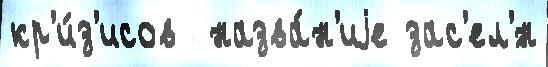
кр'и́з'исов  назва́н'иjе зас'ел'́н